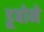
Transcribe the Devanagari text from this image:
डूबोने